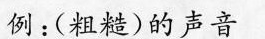
例：(粗糙)的声音)